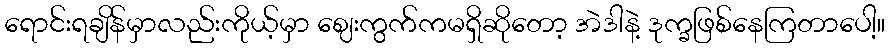
ရောင်းရချိန်မှာလည်းကိုယ့်မှာ ဈေးကွက်ကမရှိဆိုတော့ အဲဒါနဲ့ ဒုက္ခဖြစ်နေကြတာပေါ့။